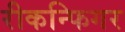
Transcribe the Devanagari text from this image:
रीकन्फिगर